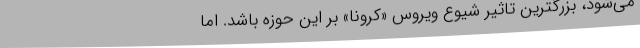
می‌شود،‌ بزرگترین تاثیر شیوع ویروس «کرونا»‌ بر این حوزه باشد. اما